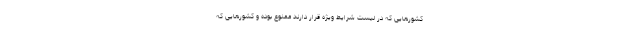
کشورهایی که در لیست شرایط ویژه قرار دارند ممنوع بوده و کشورهایی که